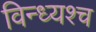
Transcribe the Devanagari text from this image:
विन्ध्यश्च